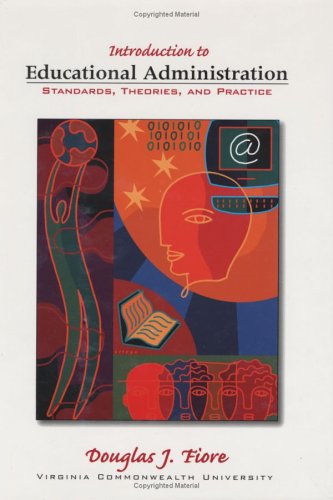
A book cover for Introduction to educational administration : standards, theories, and practice; Douglas Fiore; Health, Fitness & Dieting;